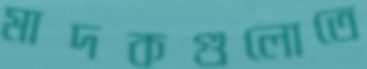
মাদকগুলোতে